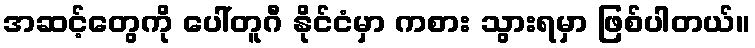
အဆင့်တွေကို ပေါ်တူဂီ နိုင်ငံမှာ ကစား သွားရမှာ ဖြစ်ပါတယ်။